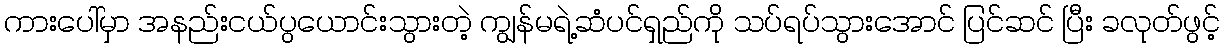
ကားပေါ်မှာ အနည်းငယ်ပွယောင်းသွားတဲ့ ကျွန်မရဲ့ဆံပင်ရှည်ကို သပ်ရပ်သွားအောင် ပြင်ဆင် ပြီး ခလုတ်ဖွင့်